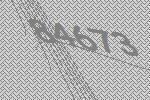
84673